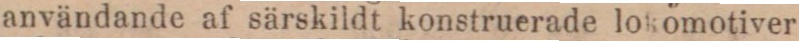
användande af särskildt konstruerade lokomotiver